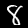
Digit: 8